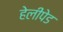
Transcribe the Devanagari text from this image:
हेलीपेड